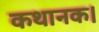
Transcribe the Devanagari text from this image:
कथानक।